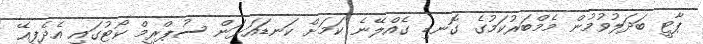
ޕާޓީ ބަދަލުވުމުން މެމްބަރުކަމުގެ ގޮނޑި ގެެއްލޭނެ ކަމަށް ކަނޑައަޅަން ސުޕްރީމް ކޯޓުގައި އެދެފިއޭ